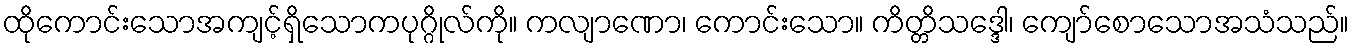
ထိုကောင်းသောအကျင့်ရှိသောကပုဂ္ဂိုလ်ကို။ ကလျာဏော၊ ကောင်းသော။ ကိတ္တိသဒ္ဒေါ၊ ကျော်စောသောအသံသည်။